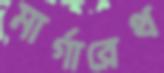
মার্গারেথ